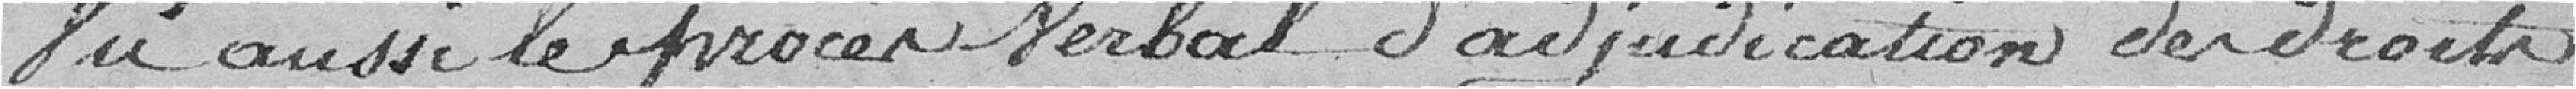
Vu aussi le procès verbal d'adjudication des droits